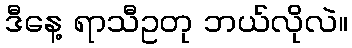
ဒီနေ့ ရာသီဥတု ဘယ်လိုလဲ။